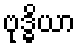
ဗုဒ္ဓိယာ